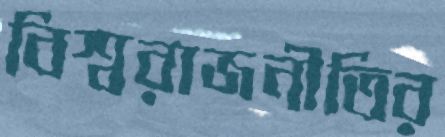
বিশ্বরাজনীতির